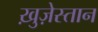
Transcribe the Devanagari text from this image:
ख़ुज़ेस्तान